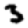
Digit: 3